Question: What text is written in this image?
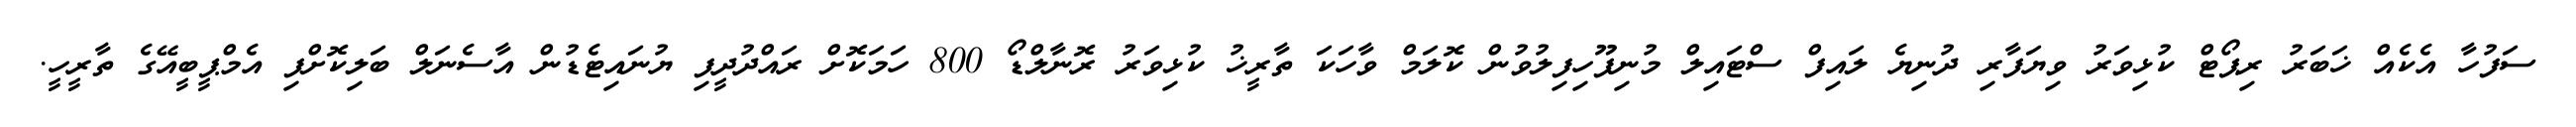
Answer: ސަފުހާ އެކެއް ޚަބަރު ރިޕޯޓް ކުޅިވަރު ވިޔަފާރި ދުނިޔެ ލައިފް ސްޓައިލް މުނިފޫހިފިލުވުން ކޮލަމް ވާހަކަ ތާރީޚު ކުޅިވަރު ރޮނާލްޑޯ 800 ހަމަކޮށް ރައްދުދީފި ޔުނައިޓެޑުން އާސެނަލް ބަލިކޮށްފި އެމްޕީބީއޭގެ ތާރީހީ.